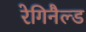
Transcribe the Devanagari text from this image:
रेगिनैल्ड